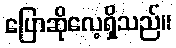
ပြောဆိုလေ့ရှိသည်။